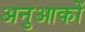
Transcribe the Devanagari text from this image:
अनुआकों